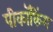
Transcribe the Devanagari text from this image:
पीकॉकिंग